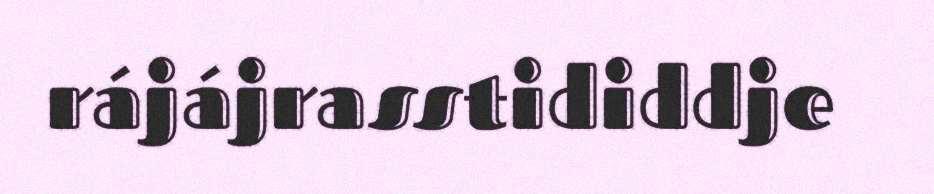
rájájrasstididdje